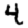
Digit: 4